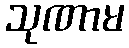
သုဏာမ